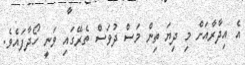
އެ އިދާރާއަށް މި ދިޔަ ތިން މަސް ދުވަސް ތެރޭގައި ވަނީ ހޯދާފައެވެ.